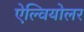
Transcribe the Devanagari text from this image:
ऐल्वियोलर